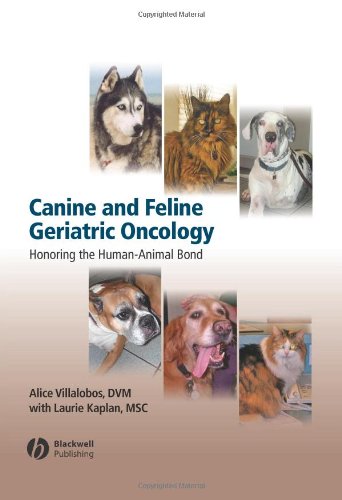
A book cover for Canine and Feline Geriatric Oncology: Honoring the Human-Animal Bond; Alice Villalobos; Medical Books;